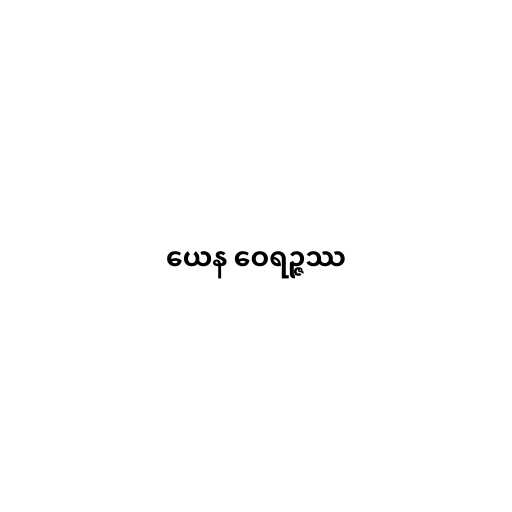
ယေန ဝေရဉ္ဇဿ